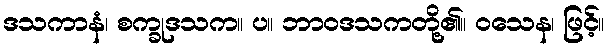
ဒသကာနံ၊ စက္ခုဒသက။ ပ။ ဘာဝဒသကတို့၏။ ဝသေန၊ ဖြင့်။